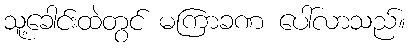
သူ့ခေါင်းထဲတွင် မကြာခဏ ပေါ်လာသည်။